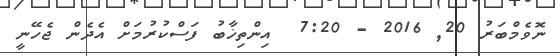
ނޮވެމްބަރު 20